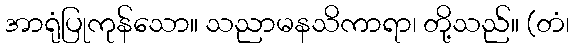
အာရုံပြုကုန်သော။ သညာမနသိကာရာ၊ တို့သည်။ (တံ၊